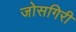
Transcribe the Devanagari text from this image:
जोसगिरी